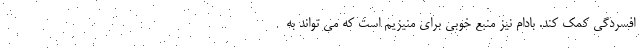
افسردگی کمک کند. بادام نیز منبع خوبی برای منیزیم است که می تواند به